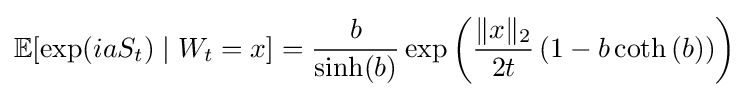
\mathbb {E} [\exp(iaS_{t})\mid W_{t}=x]={\frac {b}{\sinh(b)}}\exp \left({\frac {\|x\|_{2}}{2t}}\left(1-b\coth \left(b\right)\right)\right)